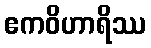
ဧကဝိဟာရိဿ